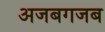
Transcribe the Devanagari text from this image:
अजबगजब